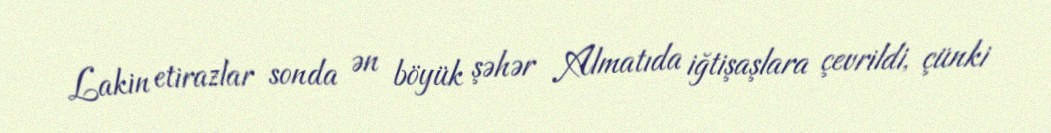
Lakin etirazlar sonda ən böyük şəhər Almatıda iğtişaşlara çevrildi, çünki